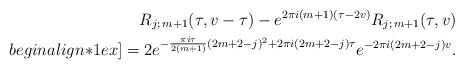
\begin{align*}R_{j;\,m+1}(\tau, v-\tau) - e^{2\pi i (m+1) (\tau-2v)} R_{j;\, m+1} (\tau, v)\\begin{align*}1ex] = 2 e^{-\frac{\pi i \tau}{2(m+1)} (2m+2-j)^2 + 2\pi i (2m+2-j)\tau} e^{-2\pi i (2m+2-j)v}.\end{align*}